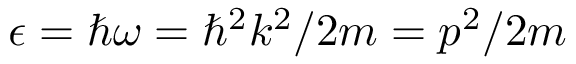
\epsilon = \hbar \omega = \hbar ^ { 2 } k ^ { 2 } / 2 m = p ^ { 2 } / 2 m